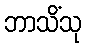
ဘာသိံသု